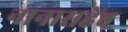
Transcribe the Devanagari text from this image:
नानासहेब